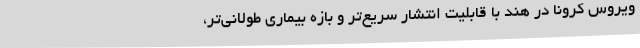
ویروس کرونا در هند با قابلیّت انتشار سریع‌تر و بازهٔ بیماری طولانی‌تر،